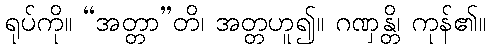
ရုပ်ကို။ “အတ္တာ”တိ၊ အတ္တဟူ၍။ ဂဏှန္တိ၊ ကုန်၏။